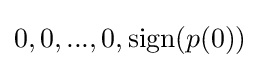
0,0,...,0,\operatorname {sign} (p(0))